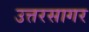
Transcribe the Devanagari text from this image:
उत्तरसागर